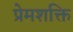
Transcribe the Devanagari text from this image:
प्रेमशक्ति